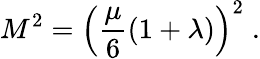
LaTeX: M^{2}=\left({\frac{\mu}{6}}(1+\lambda)\right)^{2}\; .